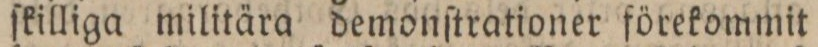
ſkilliga militära demonſtrationer förekommit